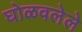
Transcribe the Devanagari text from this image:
घोळवलेले